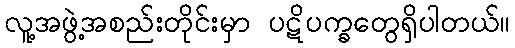
လူ့အဖွဲ့အစည်းတိုင်းမှာ ပဋိပက္ခတွေရှိပါတယ်။